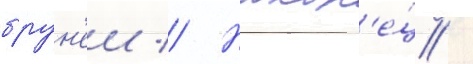
брун'еи // Након'е́ц /